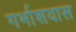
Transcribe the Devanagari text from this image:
गर्भाशयास